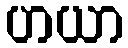
ဟယာ